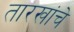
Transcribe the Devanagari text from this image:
तारखांचे